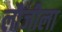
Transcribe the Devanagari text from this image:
लौजीला